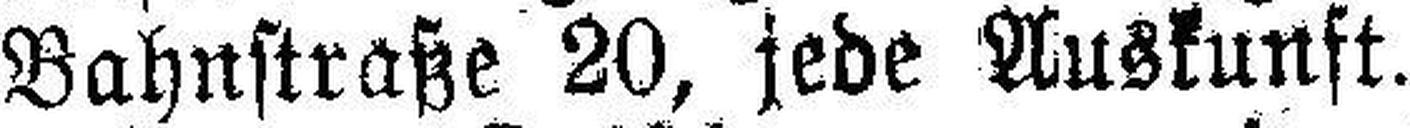
Bahnstraße 20, jede Auskunft.